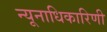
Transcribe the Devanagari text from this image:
न्यूनाधिकारिणी